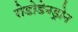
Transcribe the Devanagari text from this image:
रोडोडेनड्रोन